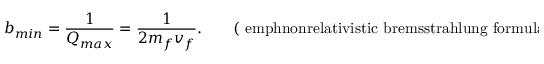
b _ { m i n } = \frac { 1 } { Q _ { m a x } } = \frac { 1 } { 2 m _ { f } v _ { f } } . \qquad \mathrm { ( \ e m p h { n o n r e l a t i v i s t i c } ~ b r e m s s t r a h l u n g ~ f o r m u l a ) . }